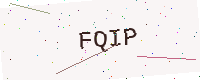
Text: FQIP